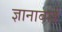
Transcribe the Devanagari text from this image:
ज्ञानाबाई